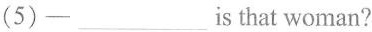
(5)-___is that woman?